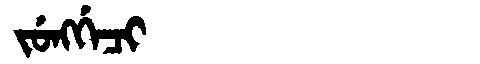
Manchu: ᠵᡠᠩᡤᡝᠴᡳ
Romanization: JUNGGECI